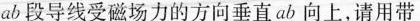
ab段导线受磁场力的方向垂直ab向上，请用带